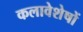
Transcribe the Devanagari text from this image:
कलावेशेषों